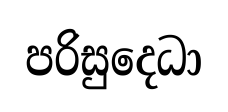
පරිසුදෙධා